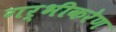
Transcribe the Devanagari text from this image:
गर्भीकरेण